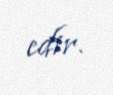
edir.